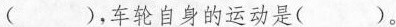
()，车轮自身的运动是()。